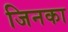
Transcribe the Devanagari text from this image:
जिनका